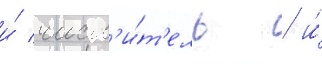
и́ числ'и́т'ель / и́